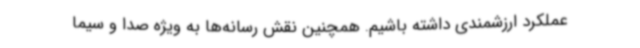
عملکرد ارزشمندی داشته باشیم. همچنین نقش رسانه‌ها به ویژه صدا و سیما